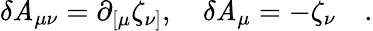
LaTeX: \delta\mathit{A}_{\mu\nu}=\partial_{[\mu}\zeta_{\nu]},\quad\delta\mathit{A}_{\mu}=-\zeta_{\nu}\quad.